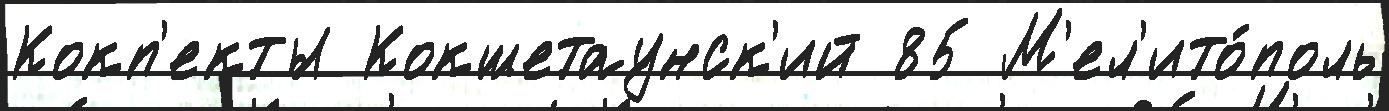
Кокп'екты Кокшетаунск'ий 85 М'ел'ито́поль